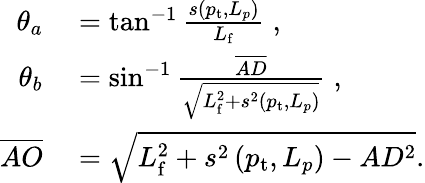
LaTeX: \begin{array}{rl}{\theta_{a}}&{{}=\tan^{-1}\frac{s\left(p_{\mathrm{t}},L_{p}\right)}{L_{\mathrm{f}}}\; ,}\\ {\theta_{b}}&{{}=\sin^{-1}\frac{\overline{{AD}}}{\sqrt{L_{\mathrm{f}}^{2}+s^{2}\left(p_{\mathrm{t}},L_{p}\right)}}\; ,}\\ {\overline{{AO}}}&{{}=\sqrt{L_{\mathrm{f}}^{2}+s^{2}\left(p_{\mathrm{t}},L_{p}\right)-AD^{2}}.}\end{array}